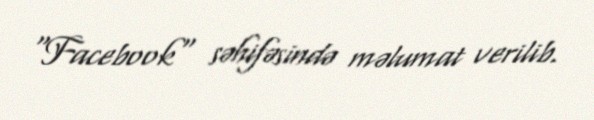
"Facebook" səhifəsində məlumat verilib.